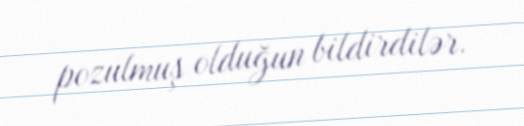
pozulmuş olduğun bildirdilər.